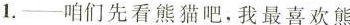
1.--咱们先看熊猫吧，我是喜欢熊